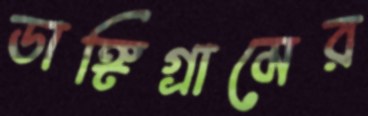
ডাঙ্গিগ্রামের